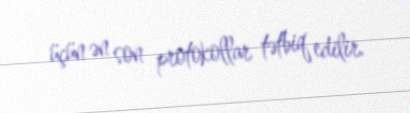
üçün ən son protokollar tətbiq edilir.